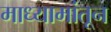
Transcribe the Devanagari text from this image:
माध्यामांतून